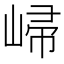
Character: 𡹙